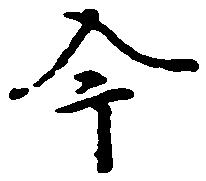
今